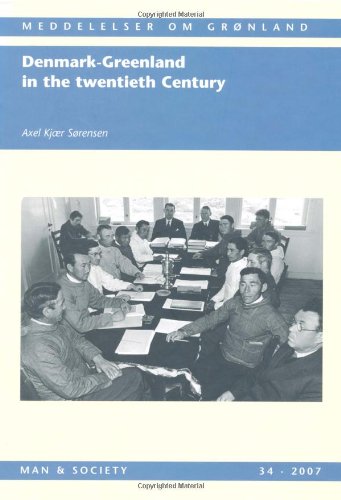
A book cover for Denmark-Greenland in the Twentieth Century. by Axel Kjr Srensen; Axel Kjr Srensen; History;